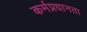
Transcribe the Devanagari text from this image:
कर्मप्रधानता